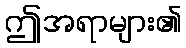
ဤအရာများ၏